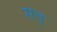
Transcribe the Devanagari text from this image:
सदृ